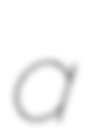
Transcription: a